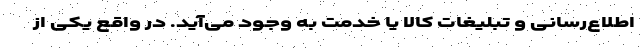
اطلاع‌رسانی و تبلیغات کالا یا خدمت به وجود می‌آید. در واقع یکی از